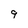
Character: 9